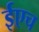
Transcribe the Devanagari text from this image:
ईएच